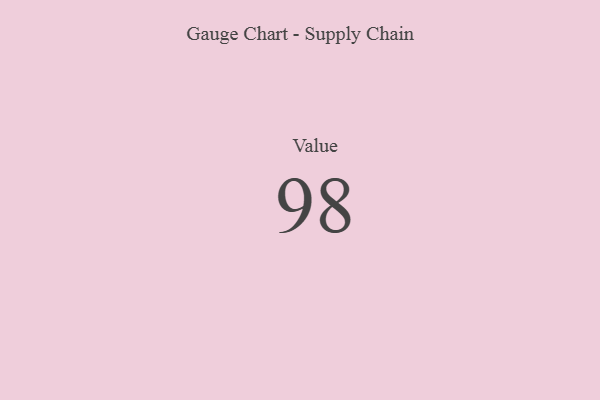
{"axis": {"x": "Metric", "y": "Value"}, "legend": [""], "data": [{"x": "Value", "y": 98, "type": ""}]}